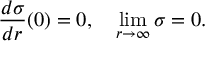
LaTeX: { \frac { d \sigma } { d r } } ( 0 ) = 0 , \ \ \ \operatorname * { l i m } _ { r \to \infty } \sigma = 0 .